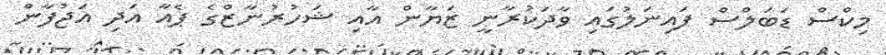
މިކްސް ޑަބަލްސް ފައިނަލުގައި ވާދަކުރާނީ ޒަޔާން އާއި ޝަހުރުނާޒްގެ ޕެއާ އަދި އަޖުފާން